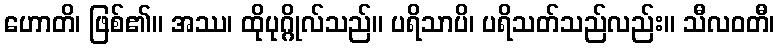
ဟောတိ၊ ဖြစ်၏။ အဿ၊ ထိုပုဂ္ဂိုလ်သည်။ ပရိသာပိ၊ ပရိသတ်သည်လည်း။ သီလဝတီ၊